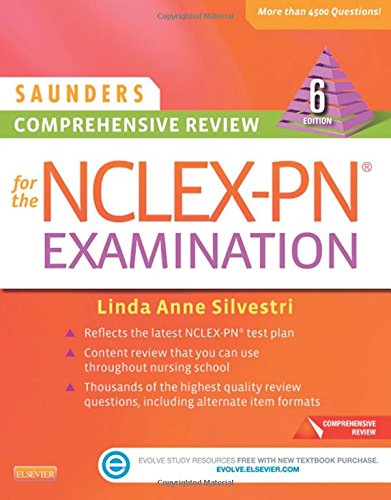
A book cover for Saunders Comprehensive Review for the NCLEX-PNÂ® Examination, 6e (Saunders Comprehensive Review for Nclex-Pn); Linda Anne Silvestri PhD  RN; Test Preparation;